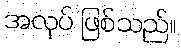
အလုပ် ဖြစ်သည်။